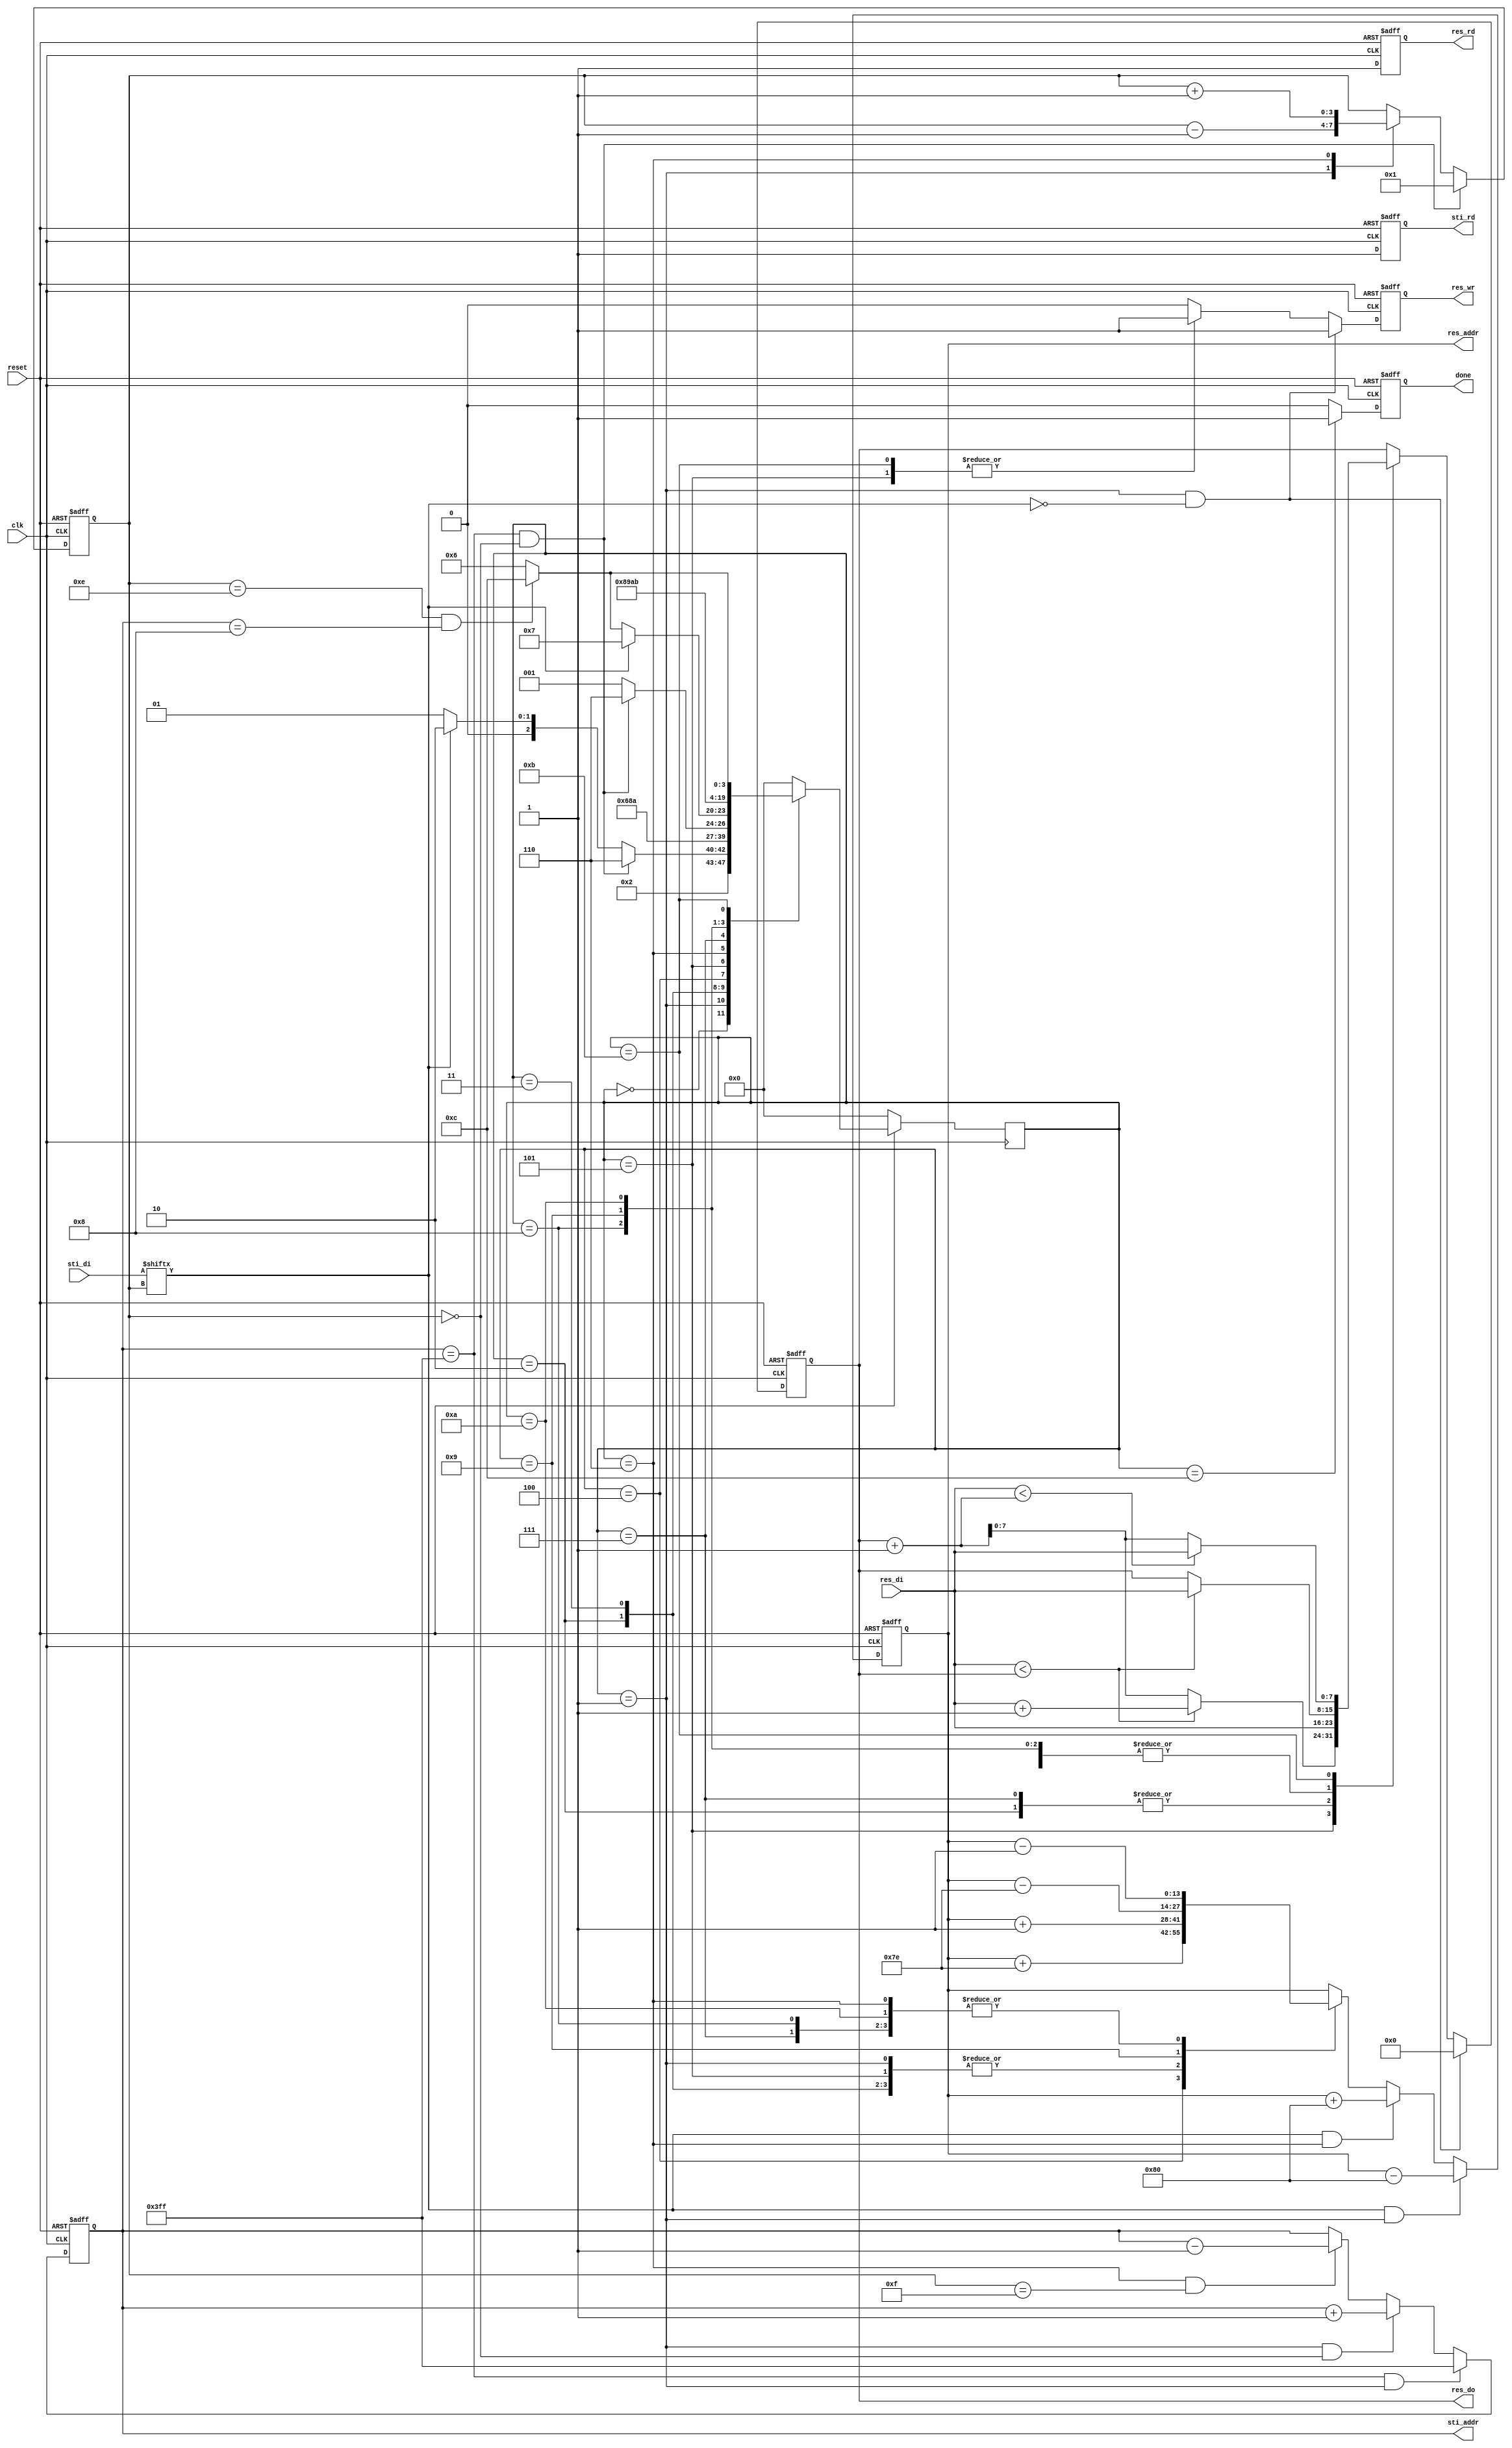
module DT(
 input    clk, 
 input   reset,
 output reg  done ,
 output reg  sti_rd ,
 output reg  [9:0] sti_addr ,
 input  [15:0] sti_di,
 output reg  res_wr ,
 output reg  res_rd ,
 output reg  [13:0] res_addr ,
 output reg  [7:0] res_do,
 input  [7:0] res_di
 );

reg [3:0] count;//15-0(forward)//0-15(backward)
reg [3:0] ns;//state = 0~12

parameter idle = 4'b0000;//0
parameter forward = 4'b0001;//1
parameter NW = 4'b0010;//2
parameter N = 4'b0011;//3
parameter NE = 4'b0100;//4
parameter W = 4'b0101;//5
parameter backward = 4'b0110;//6
parameter SE = 4'b0111;//7
parameter S = 4'b1000;//8
parameter SW = 4'b1001;//9
parameter E = 4'b1010;//10
parameter write = 4'b1011;//11
parameter finish = 4'b1100;//12

always @(posedge clk or negedge reset) begin //count
  if(!reset)
    count <= 14;
  else if(sti_addr == 1023 && count == 0)
    count <= 1;
  else case(ns)
    forward:
      count <= count - 1;
    backward:
      count <= count + 1;
    default:
      count <= count; 
  endcase
end

always @(posedge clk) begin //state
  if(!reset)
    ns <= idle;
  else begin
    case(ns)
      idle:begin//0
        if(reset)
          ns <= forward;
        else
          ns <= idle;
        end
      forward:begin//1
        if(sti_addr == 1023 && count == 0)
          ns <= backward;
        else if(sti_di[count])
          ns <= NW;
        else if(!sti_di[count])
          ns <= forward;
        else
          ns <= NW;
        end
      NW:begin//2
        ns <= N;
      end
      N:begin//3
        ns <= NE;
      end
      NE:begin//4
        ns <= W;
      end
      W:begin//5
        if(sti_addr == 1023 && count == 0)
          ns <= backward;
        else
          ns <= forward;
      end
      backward:begin//6
        if(sti_di[count])
          ns <= SE;
        else if(count == 14 && sti_addr == 8)
          ns <= finish;
        else if(!sti_di[count])
          ns <= backward;
        else
          ns <= SE;
      end
      SE:begin//7
        ns <= S;
      end
      S:begin//8
        ns <= SW;
      end
      SW:begin//9
        ns <= E;
      end
      E:begin//10
        ns <= write;
      end
      write:begin//11
        if(count == 14 && sti_addr == 8)
          ns <= finish;
        else
          ns <= backward;
      end
      default:
        ns <= idle;
    endcase
  end
end

always @(posedge clk or negedge reset) begin //sti_addr
  if(!reset)
    sti_addr <= 0;
  else if(sti_addr == 1023 && ns == forward)
    sti_addr <= 1023;
  else if(ns == forward && count == 0)
    sti_addr <= sti_addr + 1;
  else if(ns == backward && count == 15)
    sti_addr <= sti_addr - 1;
  else
    sti_addr <= sti_addr;
end

always @(posedge clk or negedge reset) begin //sti_rd
  if(!reset)
    sti_rd <= 0;
  else if(ns == forward)
    sti_rd <= 1;
  else
    sti_rd <= 1;
end

always @(posedge clk or negedge reset) begin //res_addr
  if(!reset)
    res_addr <= 0;
  else if(sti_di[count] && ns == forward)
    res_addr <= res_addr - 128;
  else if(sti_di[count] && ns == backward)
    res_addr <= res_addr + 128;
  else case(ns)
    NW:
      res_addr <= res_addr + 1;
    N:
      res_addr <= res_addr + 1;
    NE:
      res_addr <= res_addr + 126;
    W:
      res_addr <= res_addr + 1;
    forward:
      res_addr <= res_addr + 1;
    SE:
      res_addr <= res_addr - 1;
    S:
      res_addr <= res_addr - 1;
    SW:
      res_addr <= res_addr - 126;
    E:
      res_addr <= res_addr - 1;
    backward:
      res_addr <= res_addr - 1;
    default:
      res_addr <= res_addr;
  endcase
end


always @(posedge clk or negedge reset) begin //res_wr
  if(!reset)
    res_wr <= 0;
  else if(ns == forward && !sti_di[count])
    res_wr <= 1;
  else case(ns) 
    W:
      res_wr <= 1;
    write:
      res_wr <= 1;
    default:
      res_wr <= 0;
  endcase
end

always @(posedge clk or negedge reset) begin //res_rd
  if(!reset)
    res_rd <= 0;
  else if(sti_di[count])
    res_rd <= 1;
  else
    res_rd <= 1;
end

always @(posedge clk or negedge reset) begin //res_do
  if(!reset)
    res_do <= 0;
  else if(!sti_di[count] && ns == forward)
    res_do <= 0;
  else case(ns)
    NW:
      res_do <= res_di;
    N:
      res_do <= (res_di < res_do ? res_di : res_do);
    NE:
      res_do <= (res_di < res_do ? res_di : res_do);
    W:
      res_do <= (res_di < res_do ? res_di + 1 : res_do + 1);
    SE:
      res_do <= res_di;
    S:
      res_do <= ((res_di < res_do) ? res_di : res_do);
    SW:
      res_do <= ((res_di < res_do) ? res_di : res_do);
    E:
      res_do <= ((res_di < res_do) ? res_di : res_do);
    write:
      res_do <= ((res_di < (res_do + 1)) ? res_di : res_do + 1);
    default:
      res_do <= res_do;
  endcase 
end

always @(posedge clk or negedge reset) begin
  if(!reset)
    done <= 0;
  else if(ns == finish)
    done <= 1;
  else
    done <= 0;
end

endmodule